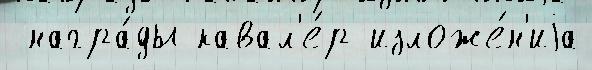
 награ́ды кавал'е́р изложе́н'иjа